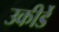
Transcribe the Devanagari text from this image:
उकीर्डे